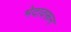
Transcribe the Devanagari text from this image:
भेदावरून